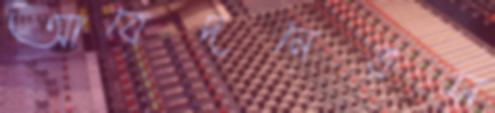
আবেদনেরস